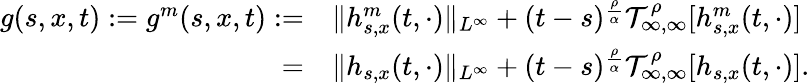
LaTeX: \begin{array}{rl}{g(s,x,t):=g^{m}(s,x,t):=}&{\Vert h_{s,x}^{m}(t,\cdot)\Vert_{L^{\infty}}+(t-s)^{\frac{\rho}{\alpha}}\mathcal{T}_{\infty,\infty}^{\rho}[h_{s,x}^{m}(t,\cdot)]}\\ {=}&{\Vert h_{s,x}(t,\cdot)\Vert_{L^{\infty}}+(t-s)^{\frac{\rho}{\alpha}}\mathcal{T}_{\infty,\infty}^{\rho}[h_{s,x}(t,\cdot)].}\end{array}